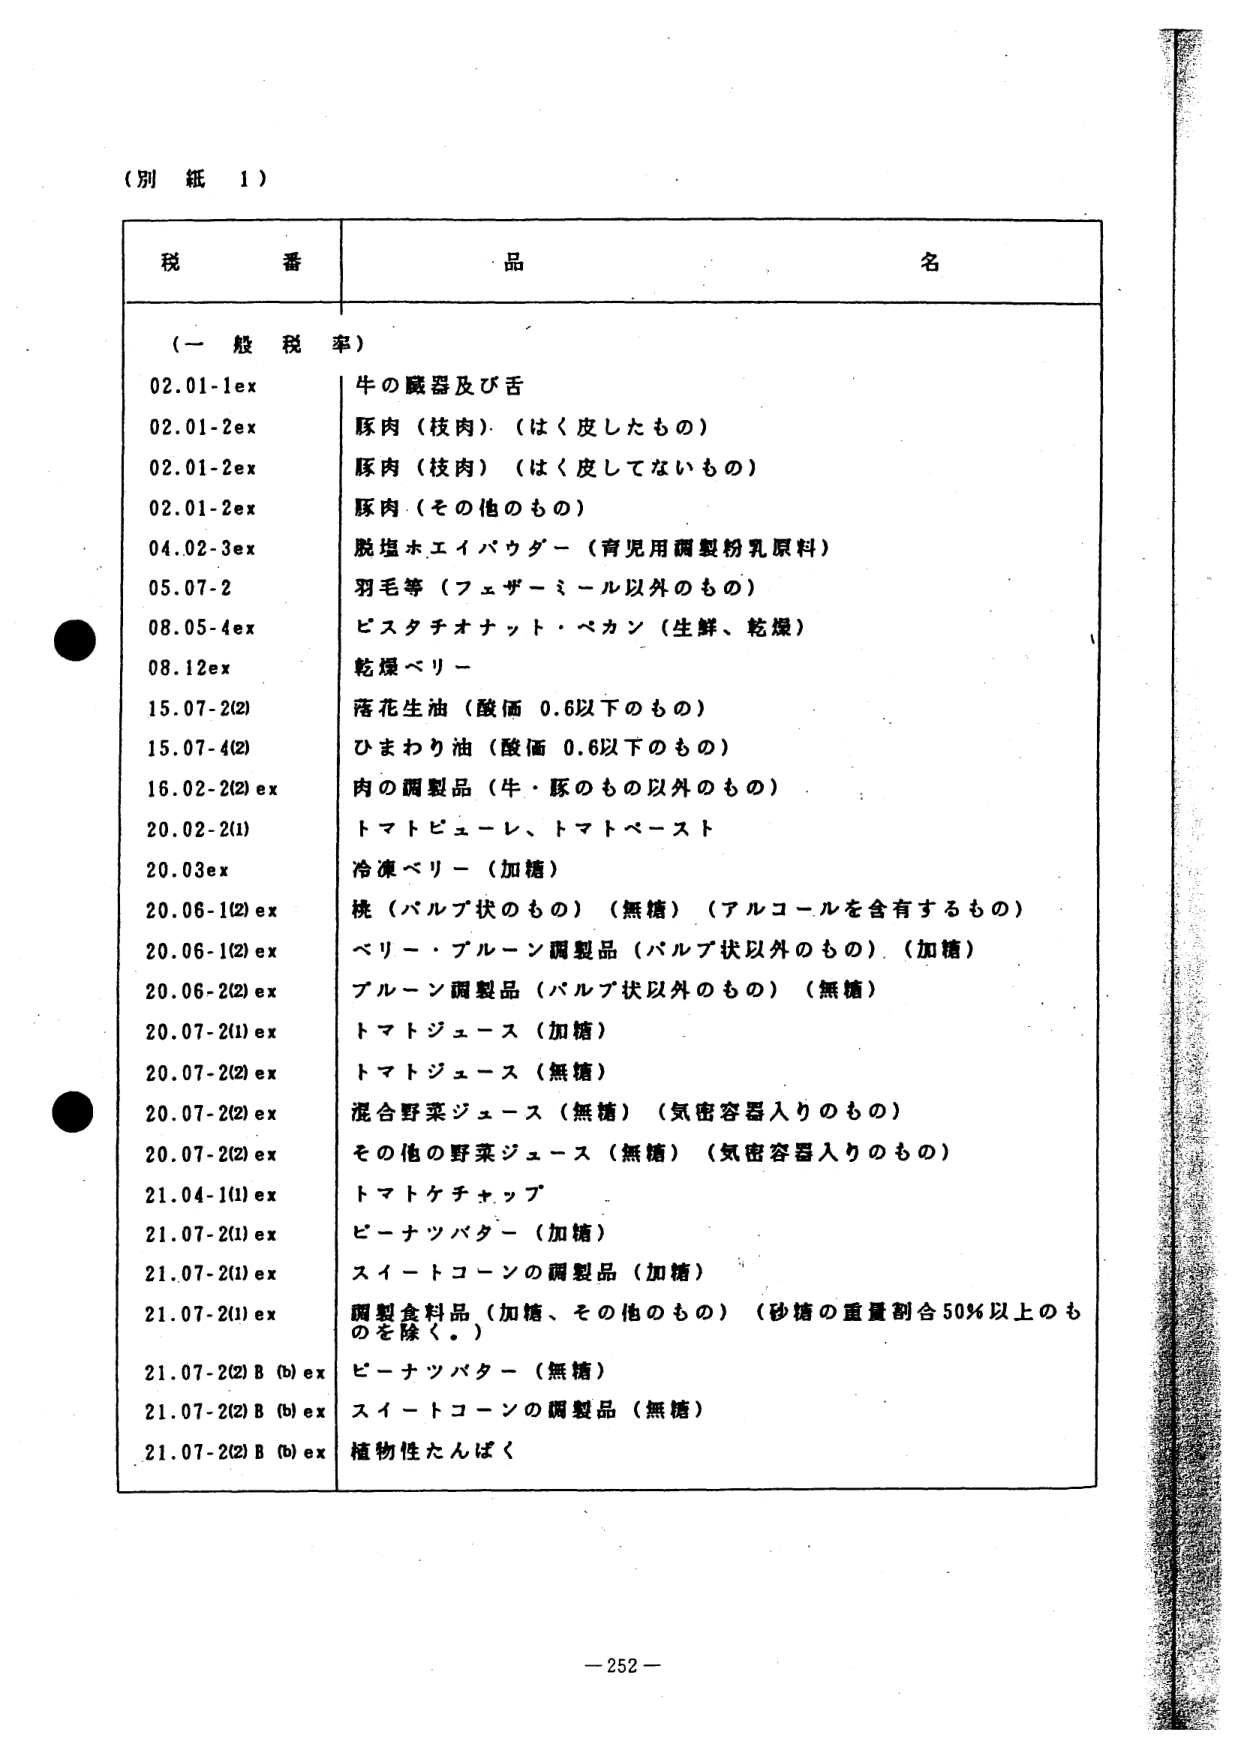
（別紙 1）

税番 | 品名
--- | ---
（一般税率） |
02.01-1ex | 牛の臓器及び舌
02.01-2ex | 豚肉（枝肉）（はく皮したもの）
02.01-2ex | 豚肉（枝肉）（はく皮してないもの）
02.01-2ex | 豚肉（その他のもの）
04.02-3ex | 脱塩ホエイパウダー（育児用調製粉乳原料）
05.07-2 | 羽毛等（フェザーミール以外のもの）
08.05-4ex | ピスタチオナット・ペカン（生鮮、乾燥）
08.12ex | 乾燥ベリー
15.07-2(2) | 落花生油（酸価 0.6以下のもの）
15.07-4(2) | ひまわり油（酸価 0.6以下のもの）
16.02-2(2)ex | 肉の調製品（牛・豚のもの以外のもの）
20.02-2(1) | トマトピューレ、トマトペースト
20.03ex | 冷凍ベリー（加糖）
20.06-1(2)ex | 桃（パルプ状のもの）（無糖）（アルコールを含有するもの）
20.06-1(2)ex | ベリー・プルーン調製品（パルプ状以外のもの）（加糖）
20.06-2(2)ex | プルーン調製品（パルプ状以外のもの）（無糖）
20.07-2(1)ex | トマトジュース（加糖）
20.07-2(2)ex | トマトジュース（無糖）
20.07-2(2)ex | 混合野菜ジュース（無糖）（気密容器入りのもの）
20.07-2(2)ex | その他の野菜ジュース（無糖）（気密容器入りのもの）
21.04-1(1)ex | トマトケチャップ
21.07-2(1)ex | ピーナツバター（加糖）
21.07-2(1)ex | スイートコーンの調製品（加糖）
21.07-2(1)ex | 調製食料品（加糖、その他のもの）（砂糖の重量割合50％以上のも のを除く。）
21.07-2(2)B(b)ex | ピーナツバター（無糖）
21.07-2(2)B(b)ex | スイートコーンの調製品（無糖）
21.07-2(2)B(b)ex | 植物性たんぱく

-252-